Report on the working of the Ranchi Indian Mental Hospital, Kanke, in Bihar and Orissa - 1930-1940
Year: 1930
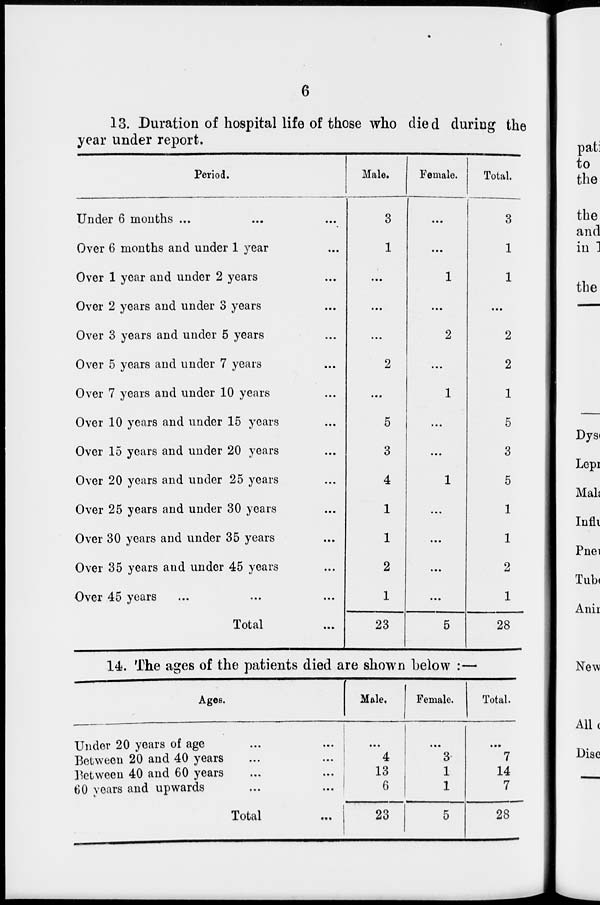
6
13. Duration of hospital life of those who died during the
year under report.
Period.
Under 6 months ... ... ...
Over 6 months and under 1 year ...
Over 1 year and under 2 years ...
Over 2 years and under 3 years ...
Over 3 years and under 5 years ...
Over 5 years and under 7 years ...
Over 7 years and under 10 years ...
Over 10 years and under 15 years ...
Over 15 years and under 20 years ...
Over 20 years and under 25 years ...
Over 25 years and under 30 years ...
Over 30 years and under 35 years ...
Over 35 years and under 45 years ...
Over 45 years ... ... ...
Total
Male.
3
1
...
...
...
2
...
5
3
4
1
1
2
1
23
Female.
...
...
1
...
2
...
1
...
...
1
...
...
...
...
5
Total.
3
1
1
...
2
2
1
5
3
5
1
1
2
1
28
14. The ages of the patients died are shown below :—
Ages.
Under 20 years of age ... ...
Between 20 and 40 years ... ...
Between 40 and 60 years ... ...
60 years and upwards ... ...
Total ...
Male.
...
4
13
6
23
Female.
...
3
1
1
5
Total.
...
7
14
7
28